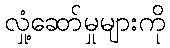
လှုံ့ဆော်မှုများကို